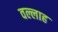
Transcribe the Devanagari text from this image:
वल्लाह